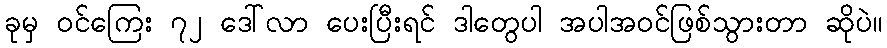
ခုမှ ဝင်ကြေး ၇၂ ဒေါ်လာ ပေးပြီးရင် ဒါတွေပါ အပါအဝင်ဖြစ်သွားတာ ဆိုပဲ။